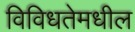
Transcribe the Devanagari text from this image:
विविधतेमधील